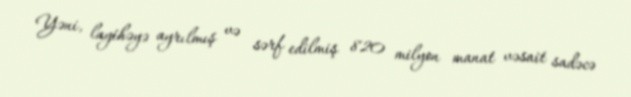
Yəni, layihəyə ayrılmış və sərf edilmiş 820 milyon manat vəsait sadəcə